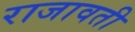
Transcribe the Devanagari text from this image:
राजावती